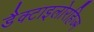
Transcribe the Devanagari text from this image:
डैक्टाइलोरहिज्म